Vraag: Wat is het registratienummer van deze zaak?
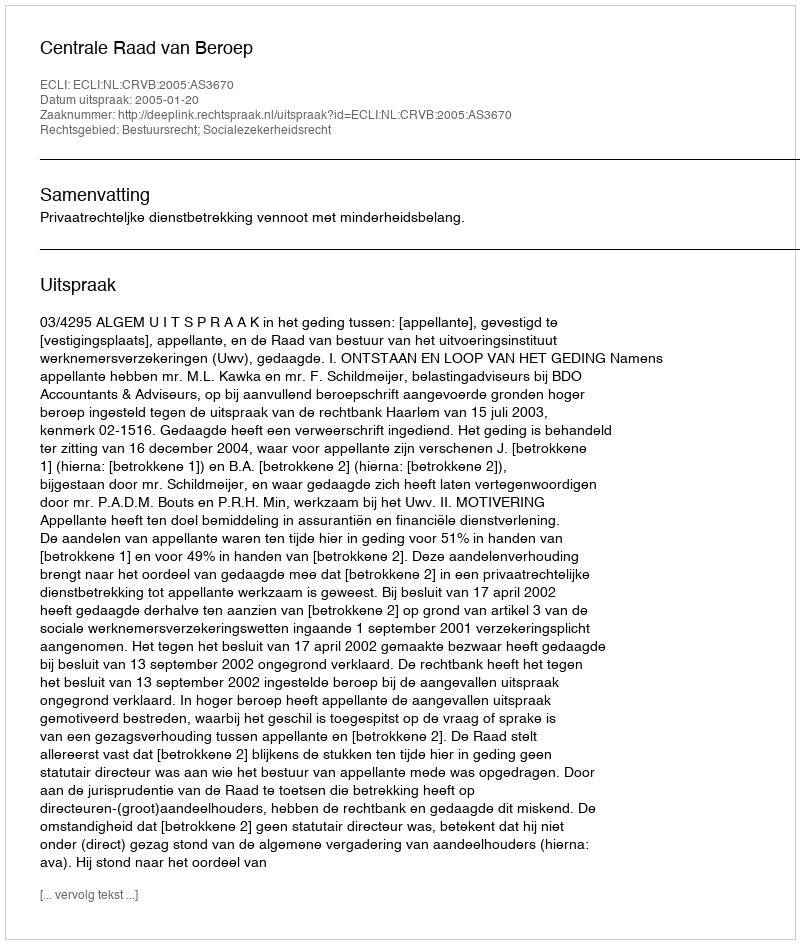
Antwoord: http://deeplink.rechtspraak.nl/uitspraak?id=ECLI:NL:CRVB:2005:AS3670